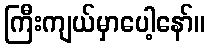
ကြီးကျယ်မှာပေါ့နော်။